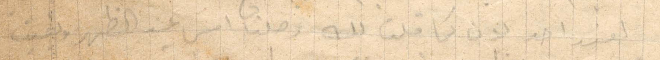
لعند احد بدن كما قلت لك وصلنا امس عند الظهر وبقيت